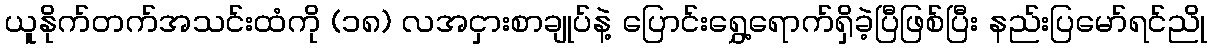
ယူနိုက်တက်အသင်းထံကို (၁၈) လအငှားစာချုပ်နဲ့ ပြောင်းရွှေ့ရောက်ရှိခဲ့ပြီဖြစ်ပြီး နည်းပြမော်ရင်ညို